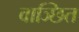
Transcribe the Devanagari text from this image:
वाञ्छित